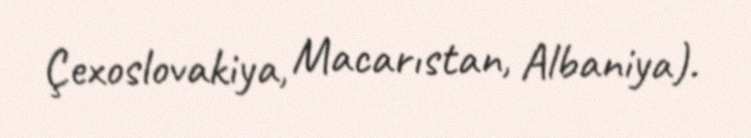
Çexoslovakiya, Macarıstan, Albaniya).